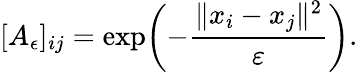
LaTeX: [A_{\epsilon}]_{ij}=\exp\biggl(-\frac{\| x_{i}-x_{j}\| ^{2}}{\varepsilon}\biggr).